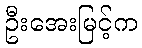
ဦးအေးမြင့်က